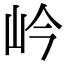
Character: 岒